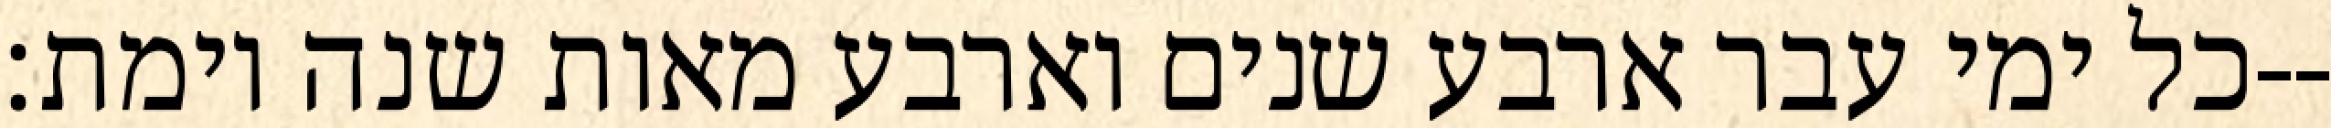
כל ימי עבר ארבע שנים וארבע מאות שנה וימת׃--